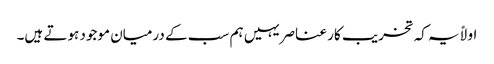
اولاً یہ کہ تخریب کار عناصر یہیں ہم سب کے درمیان موجود ہوتے ہیں۔